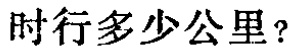
时行多少公里？